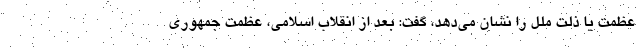
عظمت یا ذلت ملل را نشان می‌دهد، گفت: بعد از انقلاب اسلامی، عظمت جمهوری